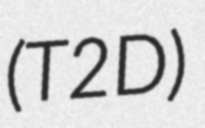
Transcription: (T2D)